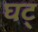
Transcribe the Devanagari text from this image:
घट्